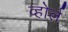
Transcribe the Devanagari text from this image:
व्होर्ल